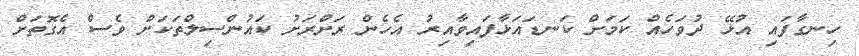
ހިނގާފައި އުޅޭ ދުވަހެއް ކަމަށް ކަނޑައަޅާފައިވާއިރު އެހެން ރަށްރަށު ކައުންސިލްތަކަށް ވެސް އެގޮތަށް